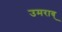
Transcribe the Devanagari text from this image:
उमराव्